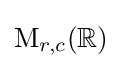
\mathrm {M} _{r,c}(\mathbb {R} )